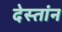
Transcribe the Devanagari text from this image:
देस्तांन